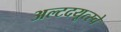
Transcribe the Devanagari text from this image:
अल्टदयूत्स्चे